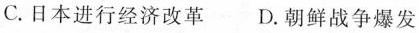
C.日本进行经济改革 D.朝鲜战争爆发